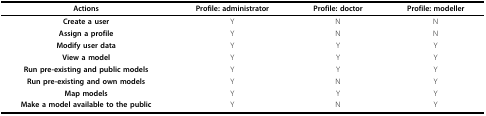
<table><thead><tr><td><b>Actions</b></td><td><b>Profile: administrator</b></td><td><b>Profile: doctor</b></td><td><b>Profile: modeller</b></td></tr></thead><tbody><tr><td><b>Create a user</b></td><td>Y</td><td>N</td><td>N</td></tr><tr><td><b>Assign a profile</b></td><td>Y</td><td>N</td><td>N</td></tr><tr><td><b>Modify user data</b></td><td>Y</td><td>Y</td><td>Y</td></tr><tr><td><b>View a model</b></td><td>Y</td><td>Y</td><td>Y</td></tr><tr><td><b>Run pre-existing and public models</b></td><td>Y</td><td>Y</td><td>Y</td></tr><tr><td><b>Run pre-existing and own models</b></td><td>Y</td><td>N</td><td>Y</td></tr><tr><td><b>Map models</b></td><td>Y</td><td>Y</td><td>Y</td></tr><tr><td><b>Make a model available to the public</b></td><td>Y</td><td>N</td><td>Y</td></tr></tbody></table>